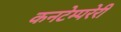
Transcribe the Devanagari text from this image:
कनटेम्परेरी